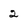
Character: 2